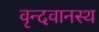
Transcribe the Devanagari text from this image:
वृन्दवानस्थ